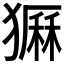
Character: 𤡫